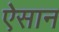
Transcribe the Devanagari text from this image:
ऐसान